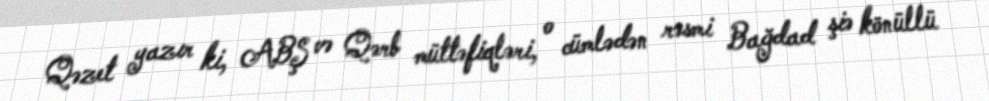
Qəzet yazır ki, ABŞ və Qərb müttəfiqləri, o cümlədən rəsmi Bağdad şiə könüllü